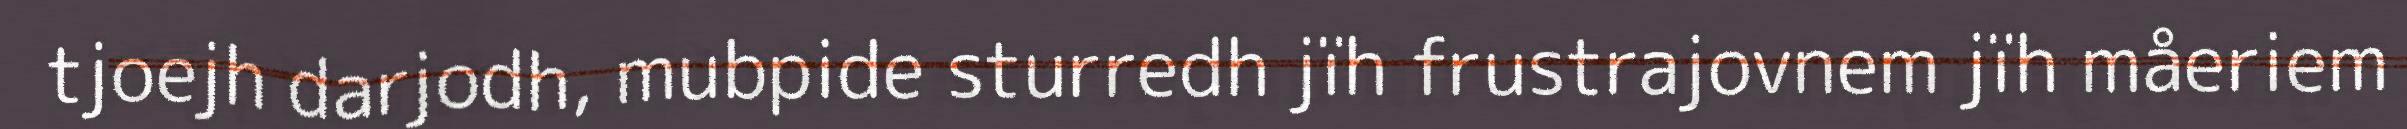
tjoejh darjodh, mubpide sturredh jïh frustrajovnem jïh måeriem